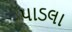
પાડલા